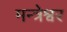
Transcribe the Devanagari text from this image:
मन्त्रेश्वर